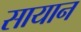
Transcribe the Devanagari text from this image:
सायान